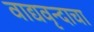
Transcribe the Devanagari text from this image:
वाद्यवृन्दाचा